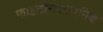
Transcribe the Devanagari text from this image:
फाइटोरासायनिक